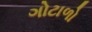
ગોટાળો